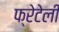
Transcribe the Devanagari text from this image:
फ्रेटेली